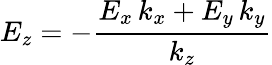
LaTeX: E_{z}=-\frac{E_{x}\, k_{x}+E_{y}\, k_{y}}{k_{z}}